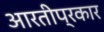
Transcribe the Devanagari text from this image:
आरतीप्रकार